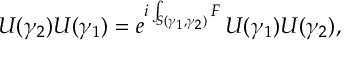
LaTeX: U ( \gamma _ { 2 } ) U ( \gamma _ { 1 } ) = e ^ { i \int _ { S ( \gamma _ { 1 } , \gamma _ { 2 } ) } F } \, U ( \gamma _ { 1 } ) U ( \gamma _ { 2 } ) ,